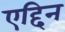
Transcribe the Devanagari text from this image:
एद्दिन